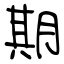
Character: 期